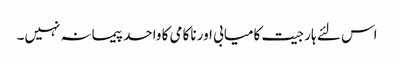
اس لئے ہار جیت کامیابی اور ناکامی کا واحد پیمانہ نہیں۔